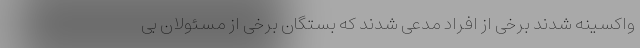
واکسینه شدند برخی از افراد مدعی شدند که بستگان برخی از مسئولان بی